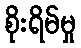
စိုးရိမ်မှု